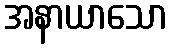
အနာယာသော